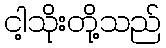
ငါ့သိုးတို့သည်